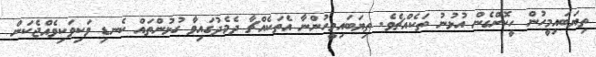
ތިޔަބައިމީހުން ހީކޮށްގެން އުޅުނު ތަކެއްޗެވެ. ތިޔަބައިމީހުންނާ އެތަކެއްޗާ ދެމެދުގައިވާ ގުޅުންތައް ކެނޑި ވަކިވަކިވެއްޖެކަން